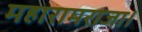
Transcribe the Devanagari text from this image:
महारामराजा।